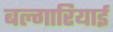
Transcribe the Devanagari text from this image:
बल्गारियाई